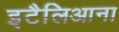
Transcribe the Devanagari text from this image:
इटैलिआना